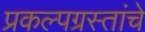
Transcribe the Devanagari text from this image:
प्रकल्पग्रस्तांचे